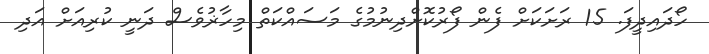
ހޯދައިދީފަ. 15 ރަށަކަށް ފެން ފޯރުކޮށްދިނުމުގެ މަސައްކަތް މިހާޜުވެސް ދަނީ ކުރިއަށް އަދި